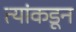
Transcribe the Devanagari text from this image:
त्यांकडून